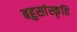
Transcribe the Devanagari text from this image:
बहुसांस्कृति